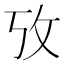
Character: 攷